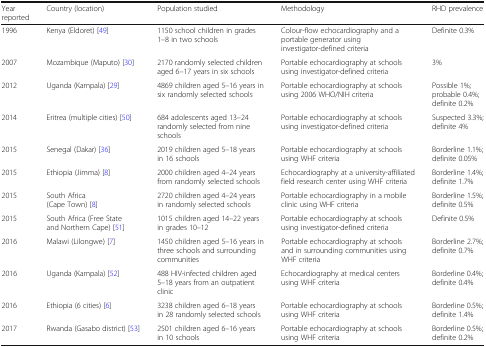
| Year reported | Country (location) | Population studied | Methodology | RHD prevalence |
 | --- | --- | --- | --- | --- |
 | 1996 | Kenya (Eldoret) [49] | 1150 school children in grades 1–8 in two schools | Colour-flow echocardiography and a portable generator using investigator-defined criteria | Definite 0.3% |
 | 2007 | Mozambique (Maputo) [30] | 2170 randomly selected children aged 6–17 years in six schools | Portable echocardiography at schools using investigator-defined criteria | 3% |
 | 2012 | Uganda (Kampala) [29] | 4869 children aged 5–16 years in six randomly selected schools | Portable echocardiography at schools using 2006 WHO/NIH criteria | Possible 1%; probable 0.4%; definite 0.2% |
 | 2014 | Eritrea (multiple cities) [50] | 684 adolescents aged 13–24 randomly selected from nine schools | Portable echocardiography at schools using investigator-defined criteria | Suspected 3.3%; definite 4% |
 | 2015 | Senegal (Dakar) [36] | 2019 children aged 5–18 years in 16 schools | Portable echocardiography at schools using WHF criteria | Borderline 1.1%; definite 0.05% |
 | 2015 | Ethiopia (Jimma) [8] | 2000 children aged 4–24 years from randomly selected schools | Echocardiography at a university-affiliated field research center using WHF criteria | Borderline 1.4%; definite 1.7% |
 | 2015 | South Africa (Cape Town) [8] | 2720 children aged 4–24 years in randomly selected schools | Portable echocardiography in a mobile clinic using WHF criteria | Borderline 1.5%; definite 0.5% |
 | 2015 | South Africa (Free State and Northern Cape) [51] | 1015 children aged 14–22 years in grades 10–12 | Portable echocardiography at schools using investigator-defined criteria | Definite 0.5% |
 | 2016 | Malawi (Lilongwe) [7] | 1450 children aged 5–16 years in three schools and surrounding communities | Portable echocardiography at schools and in surrounding communities using WHF criteria | Borderline 2.7%; definite 0.7% |
 | 2016 | Uganda (Kampala) [52] | 488 HIV-infected children aged 5–18 years from an outpatient clinic | Echocardiography at medical centers using WHF criteria | Borderline 0.4%; definite 0.4% |
 | 2016 | Ethiopia (6 cities) [6] | 3238 children aged 6–18 years in 28 randomly selected schools | Portable echocardiography at schools using WHF criteria | Borderline 0.5%; definite 1.4% |
 | 2017 | Rwanda (Gasabo district) [53] | 2501 children aged 6–16 years in 10 schools | Portable echocardiography at schools using WHF criteria | Borderline 0.5%; definite 0.2% |